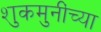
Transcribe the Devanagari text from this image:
शुकमुनींच्या